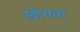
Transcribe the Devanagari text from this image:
खोचता